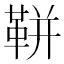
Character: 𩊖